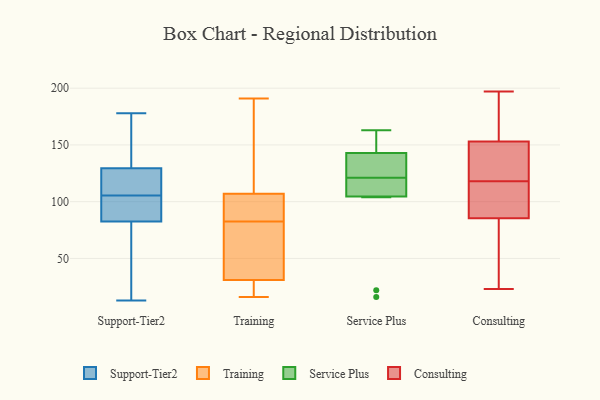
{"axis": {"x": "Temperature (°C)", "y": "Value"}, "legend": ["Consulting", "Service Plus", "Support-Tier2", "Training"], "data": [{"x": "", "y": 105, "type": "Support-Tier2"}, {"x": "", "y": 178, "type": "Support-Tier2"}, {"x": "", "y": 89, "type": "Support-Tier2"}, {"x": "", "y": 129, "type": "Support-Tier2"}, {"x": "", "y": 116, "type": "Support-Tier2"}, {"x": "", "y": 13, "type": "Support-Tier2"}, {"x": "", "y": 88, "type": "Support-Tier2"}, {"x": "", "y": 160, "type": "Support-Tier2"}, {"x": "", "y": 130, "type": "Support-Tier2"}, {"x": "", "y": 30, "type": "Support-Tier2"}, {"x": "", "y": 106, "type": "Support-Tier2"}, {"x": "", "y": 77, "type": "Support-Tier2"}, {"x": "", "y": 73, "type": "Support-Tier2"}, {"x": "", "y": 90, "type": "Support-Tier2"}, {"x": "", "y": 134, "type": "Support-Tier2"}, {"x": "", "y": 117, "type": "Support-Tier2"}, {"x": "", "y": 174, "type": "Training"}, {"x": "", "y": 56, "type": "Training"}, {"x": "", "y": 21, "type": "Training"}, {"x": "", "y": 97, "type": "Training"}, {"x": "", "y": 26, "type": "Training"}, {"x": "", "y": 191, "type": "Training"}, {"x": "", "y": 31, "type": "Training"}, {"x": "", "y": 85, "type": "Training"}, {"x": "", "y": 80, "type": "Training"}, {"x": "", "y": 177, "type": "Training"}, {"x": "", "y": 107, "type": "Training"}, {"x": "", "y": 75, "type": "Training"}, {"x": "", "y": 95, "type": "Training"}, {"x": "", "y": 16, "type": "Training"}, {"x": "", "y": 105, "type": "Service Plus"}, {"x": "", "y": 149, "type": "Service Plus"}, {"x": "", "y": 16, "type": "Service Plus"}, {"x": "", "y": 145, "type": "Service Plus"}, {"x": "", "y": 108, "type": "Service Plus"}, {"x": "", "y": 22, "type": "Service Plus"}, {"x": "", "y": 104, "type": "Service Plus"}, {"x": "", "y": 141, "type": "Service Plus"}, {"x": "", "y": 123, "type": "Service Plus"}, {"x": "", "y": 126, "type": "Service Plus"}, {"x": "", "y": 163, "type": "Service Plus"}, {"x": "", "y": 119, "type": "Service Plus"}, {"x": "", "y": 108, "type": "Consulting"}, {"x": "", "y": 118, "type": "Consulting"}, {"x": "", "y": 103, "type": "Consulting"}, {"x": "", "y": 171, "type": "Consulting"}, {"x": "", "y": 56, "type": "Consulting"}, {"x": "", "y": 137, "type": "Consulting"}, {"x": "", "y": 66, "type": "Consulting"}, {"x": "", "y": 154, "type": "Consulting"}, {"x": "", "y": 83, "type": "Consulting"}, {"x": "", "y": 181, "type": "Consulting"}, {"x": "", "y": 150, "type": "Consulting"}, {"x": "", "y": 197, "type": "Consulting"}, {"x": "", "y": 93, "type": "Consulting"}, {"x": "", "y": 23, "type": "Consulting"}, {"x": "", "y": 144, "type": "Consulting"}]}